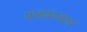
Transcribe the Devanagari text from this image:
फडकावला